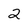
Character: 2